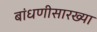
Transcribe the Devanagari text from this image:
बांधणीसारख्या